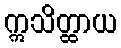
ဣသိတ္ထာယ